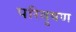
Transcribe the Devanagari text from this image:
परिवृषण